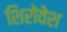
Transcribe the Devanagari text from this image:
शिरोवेश